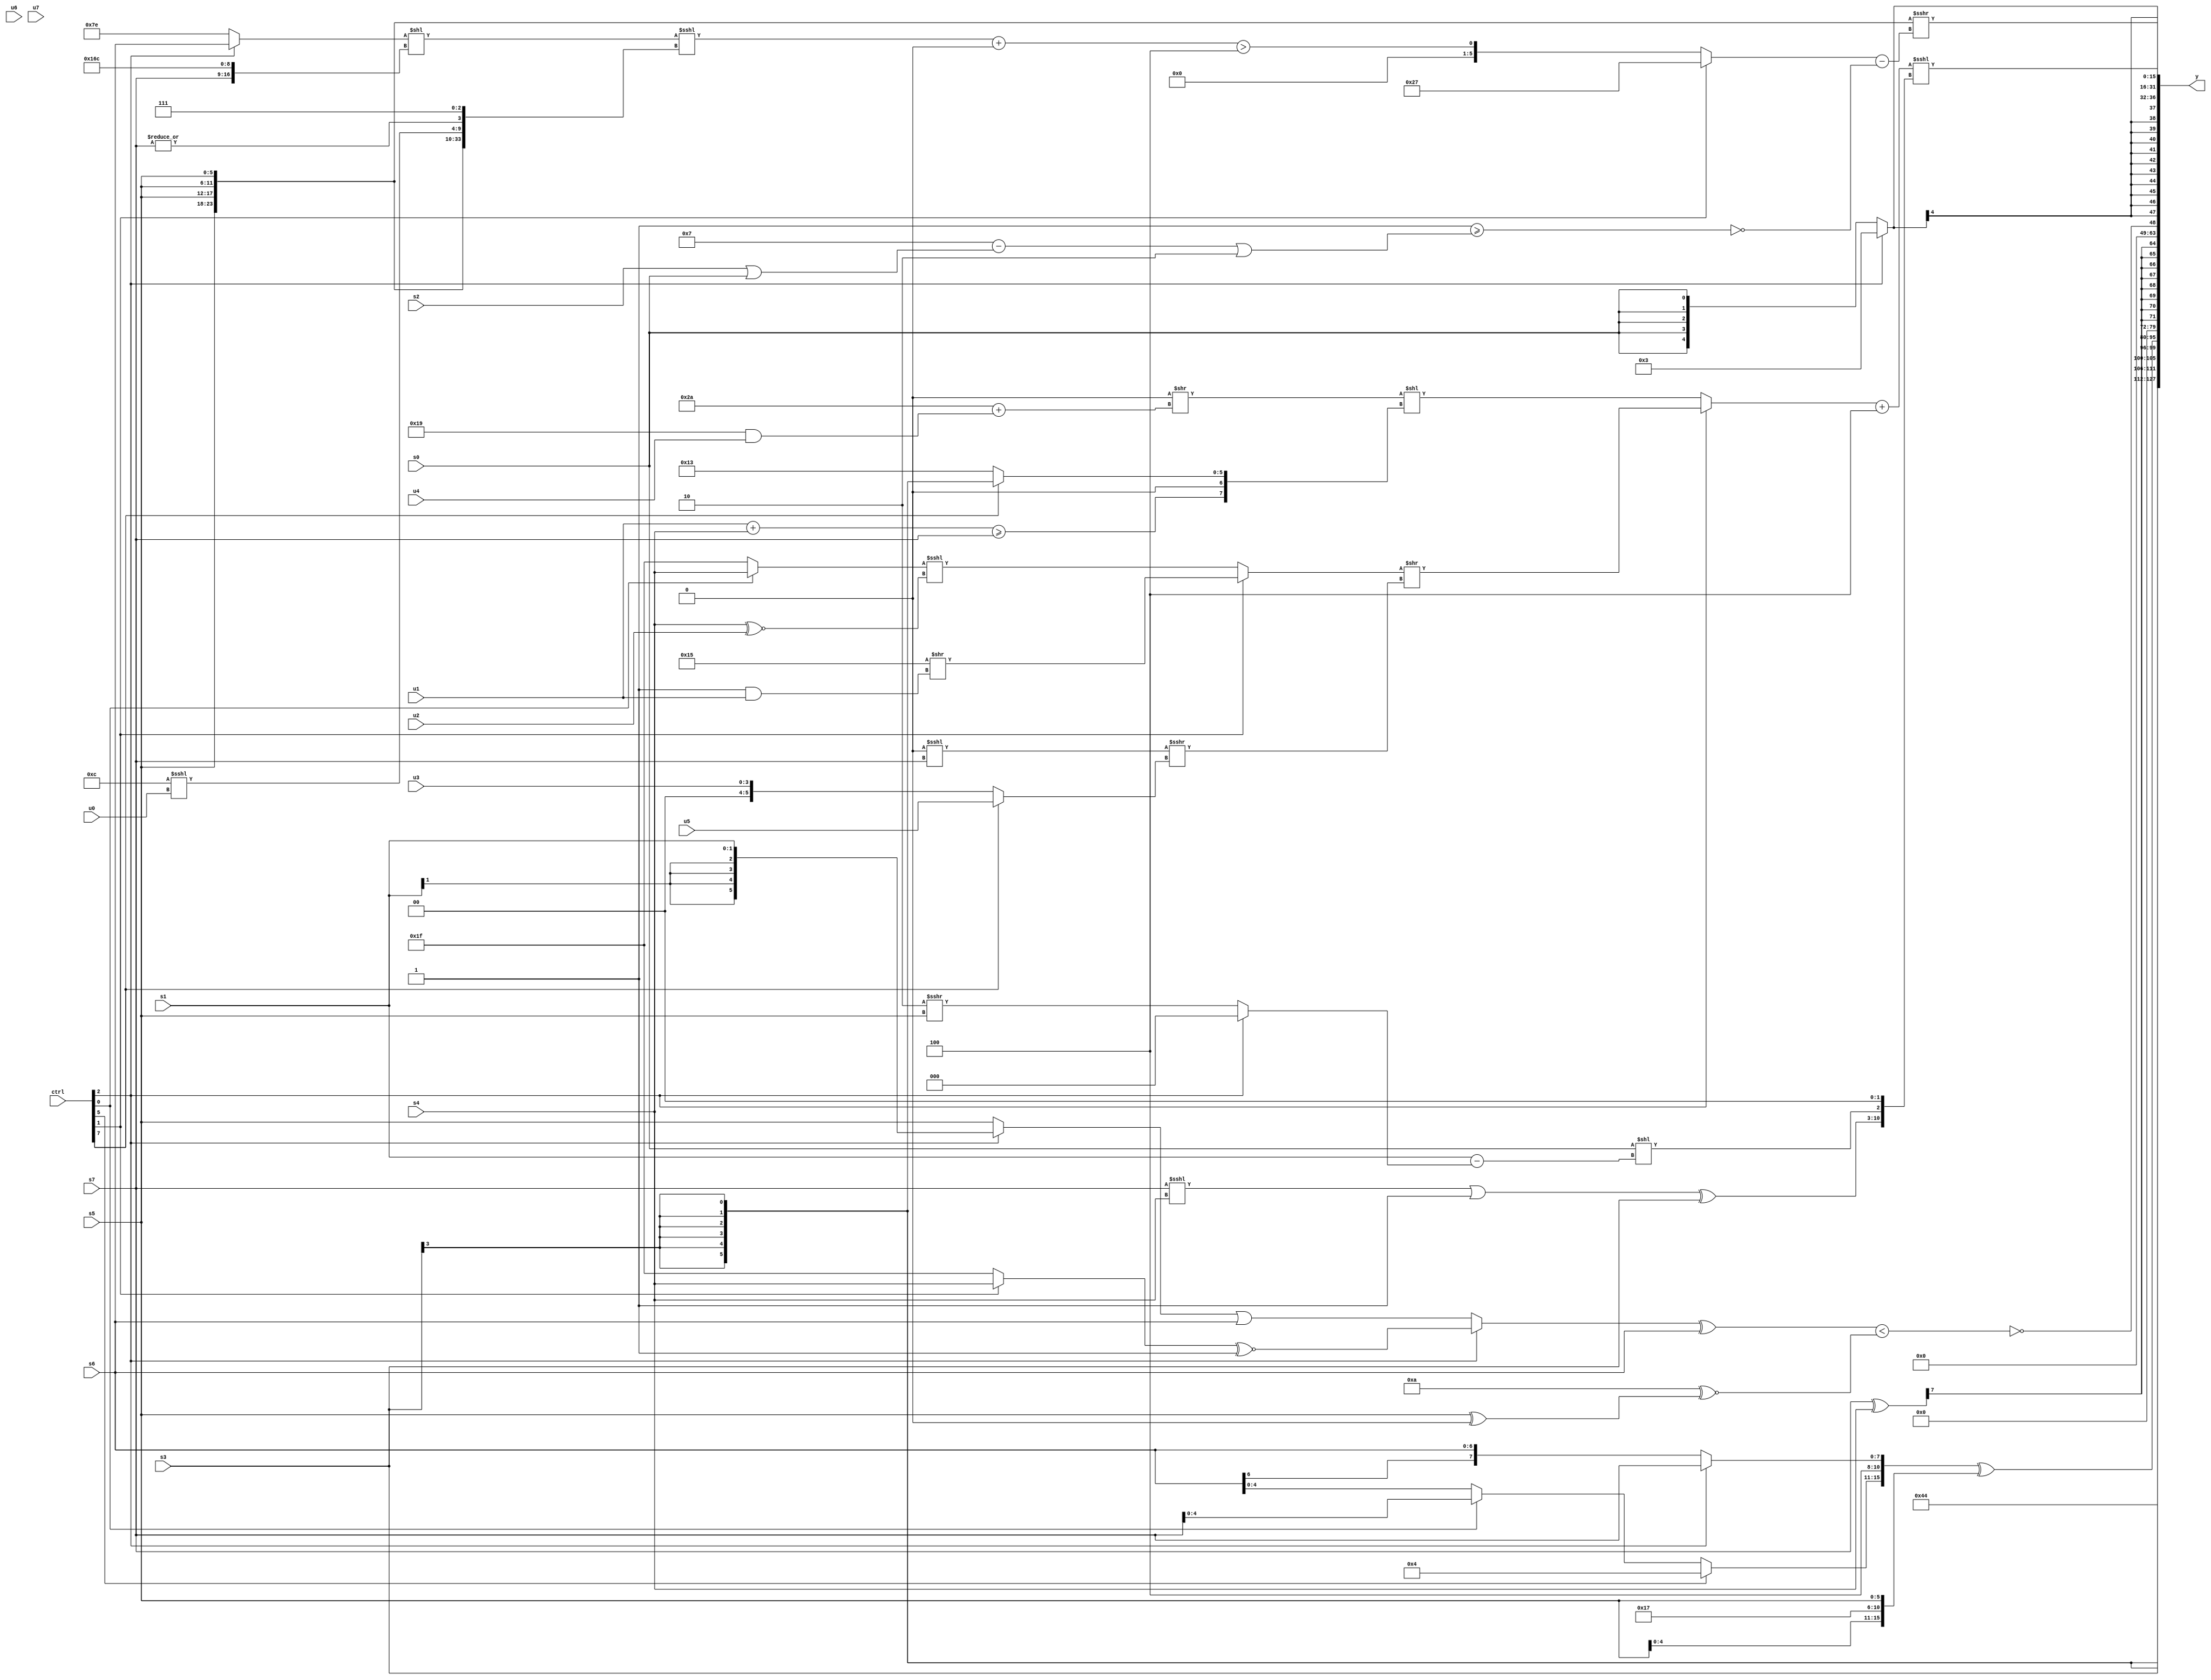
module wideexpr_00491(ctrl, u0, u1, u2, u3, u4, u5, u6, u7, s0, s1, s2, s3, s4, s5, s6, s7, y);
  input [7:0] ctrl;
  input [0:0] u0;
  input [1:0] u1;
  input [2:0] u2;
  input [3:0] u3;
  input [4:0] u4;
  input [5:0] u5;
  input [6:0] u6;
  input [7:0] u7;
  input signed [0:0] s0;
  input signed [1:0] s1;
  input signed [2:0] s2;
  input signed [3:0] s3;
  input signed [4:0] s4;
  input signed [5:0] s5;
  input signed [6:0] s6;
  input signed [7:0] s7;
  output [127:0] y;
  wire [15:0] y0;
  wire [15:0] y1;
  wire [15:0] y2;
  wire [15:0] y3;
  wire [15:0] y4;
  wire [15:0] y5;
  wire [15:0] y6;
  wire [15:0] y7;
  assign y = {y0,y1,y2,y3,y4,y5,y6,y7};
  assign y0 = {2{4'sb0100}};
  assign y1 = s3;
  assign y2 = ({^(((ctrl[7]?$signed(5'sb01101):(s0)+(s7)))^((-(1'sb0))^(s2))),(ctrl[5]?{1{4'sb0100}}:(ctrl[0]?s7:(ctrl[5]?&(6'sb000001):{2{s6}}))),+(3'sb100),(ctrl[2]?s7:s6)})^({s5,{+(^($signed(6'sb010000)))},4'sb0111,$signed(s5)});
  assign y3 = $unsigned(((+($signed(s7)))^(s4))>>>(5'sb10100));
  assign y4 = ~^(($signed({((ctrl[2]?((ctrl[1]?s4:2'sb11))^~($signed(1'b1)):((ctrl[2]?s1:s5))|($signed(s6))))^(s6)}))<((5'sb01010)^~($signed($signed({$signed((s5)^(1'b0))})))));
  assign y5 = (ctrl[2]?5'sb00011:s0);
  assign y6 = ({4{s5}})>>>($signed(((ctrl[1]?6'sb100111:(((((ctrl[2]?s6:3'sb110))<<({s7,6'b101101,2'b10,1'b0}))<<<({{4{s5}},(6'sb001100)<<<(u0),|(s7),$signed(3'b111)}))+((+(s1))<<((5'b10101)<<(+(2'sb10)))))>(4'sb1100)))-(~&(($signed(|(($signed(6'sb010100))^(-(2'sb01)))))>=(((5'sb00111)-($signed((s2)|(s0))))|($signed(-((3'sb011)^~(3'sb110)))))))));
  assign y7 = (((ctrl[2]?((ctrl[1]?(+(6'sb010101))>>((3'sb001)&(u1)):((ctrl[0]?s4:2'sb11))<<<((s4)^~(u2))))>>({1{((2'b00)<<<(s7))>>>((ctrl[7]?u5:u3))}}):(($signed(~|(2'sb10)))>>(({3{2'b10}})+((5'sb11001)&(u4))))<<({((u1)+(s4))>=(s7),1'sb0,(ctrl[7]?(s3)>>>(5'b10101):$signed(6'b010011))})))+($signed(5'sb11100)))<<<({(((s7)<<<($signed(s4)))|(~^((~|(6'sb010111))<<($signed(5'sb01010)))))^(s3),$signed(($signed(s0))<<((s1)-((ctrl[2]?1'sb0:(3'sb110)>>>(s5))))),-((2'sb11)<<<(4'sb0011))});
endmodule